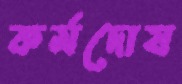
কর্মদোষ